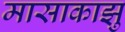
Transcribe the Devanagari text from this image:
मासाकाझु